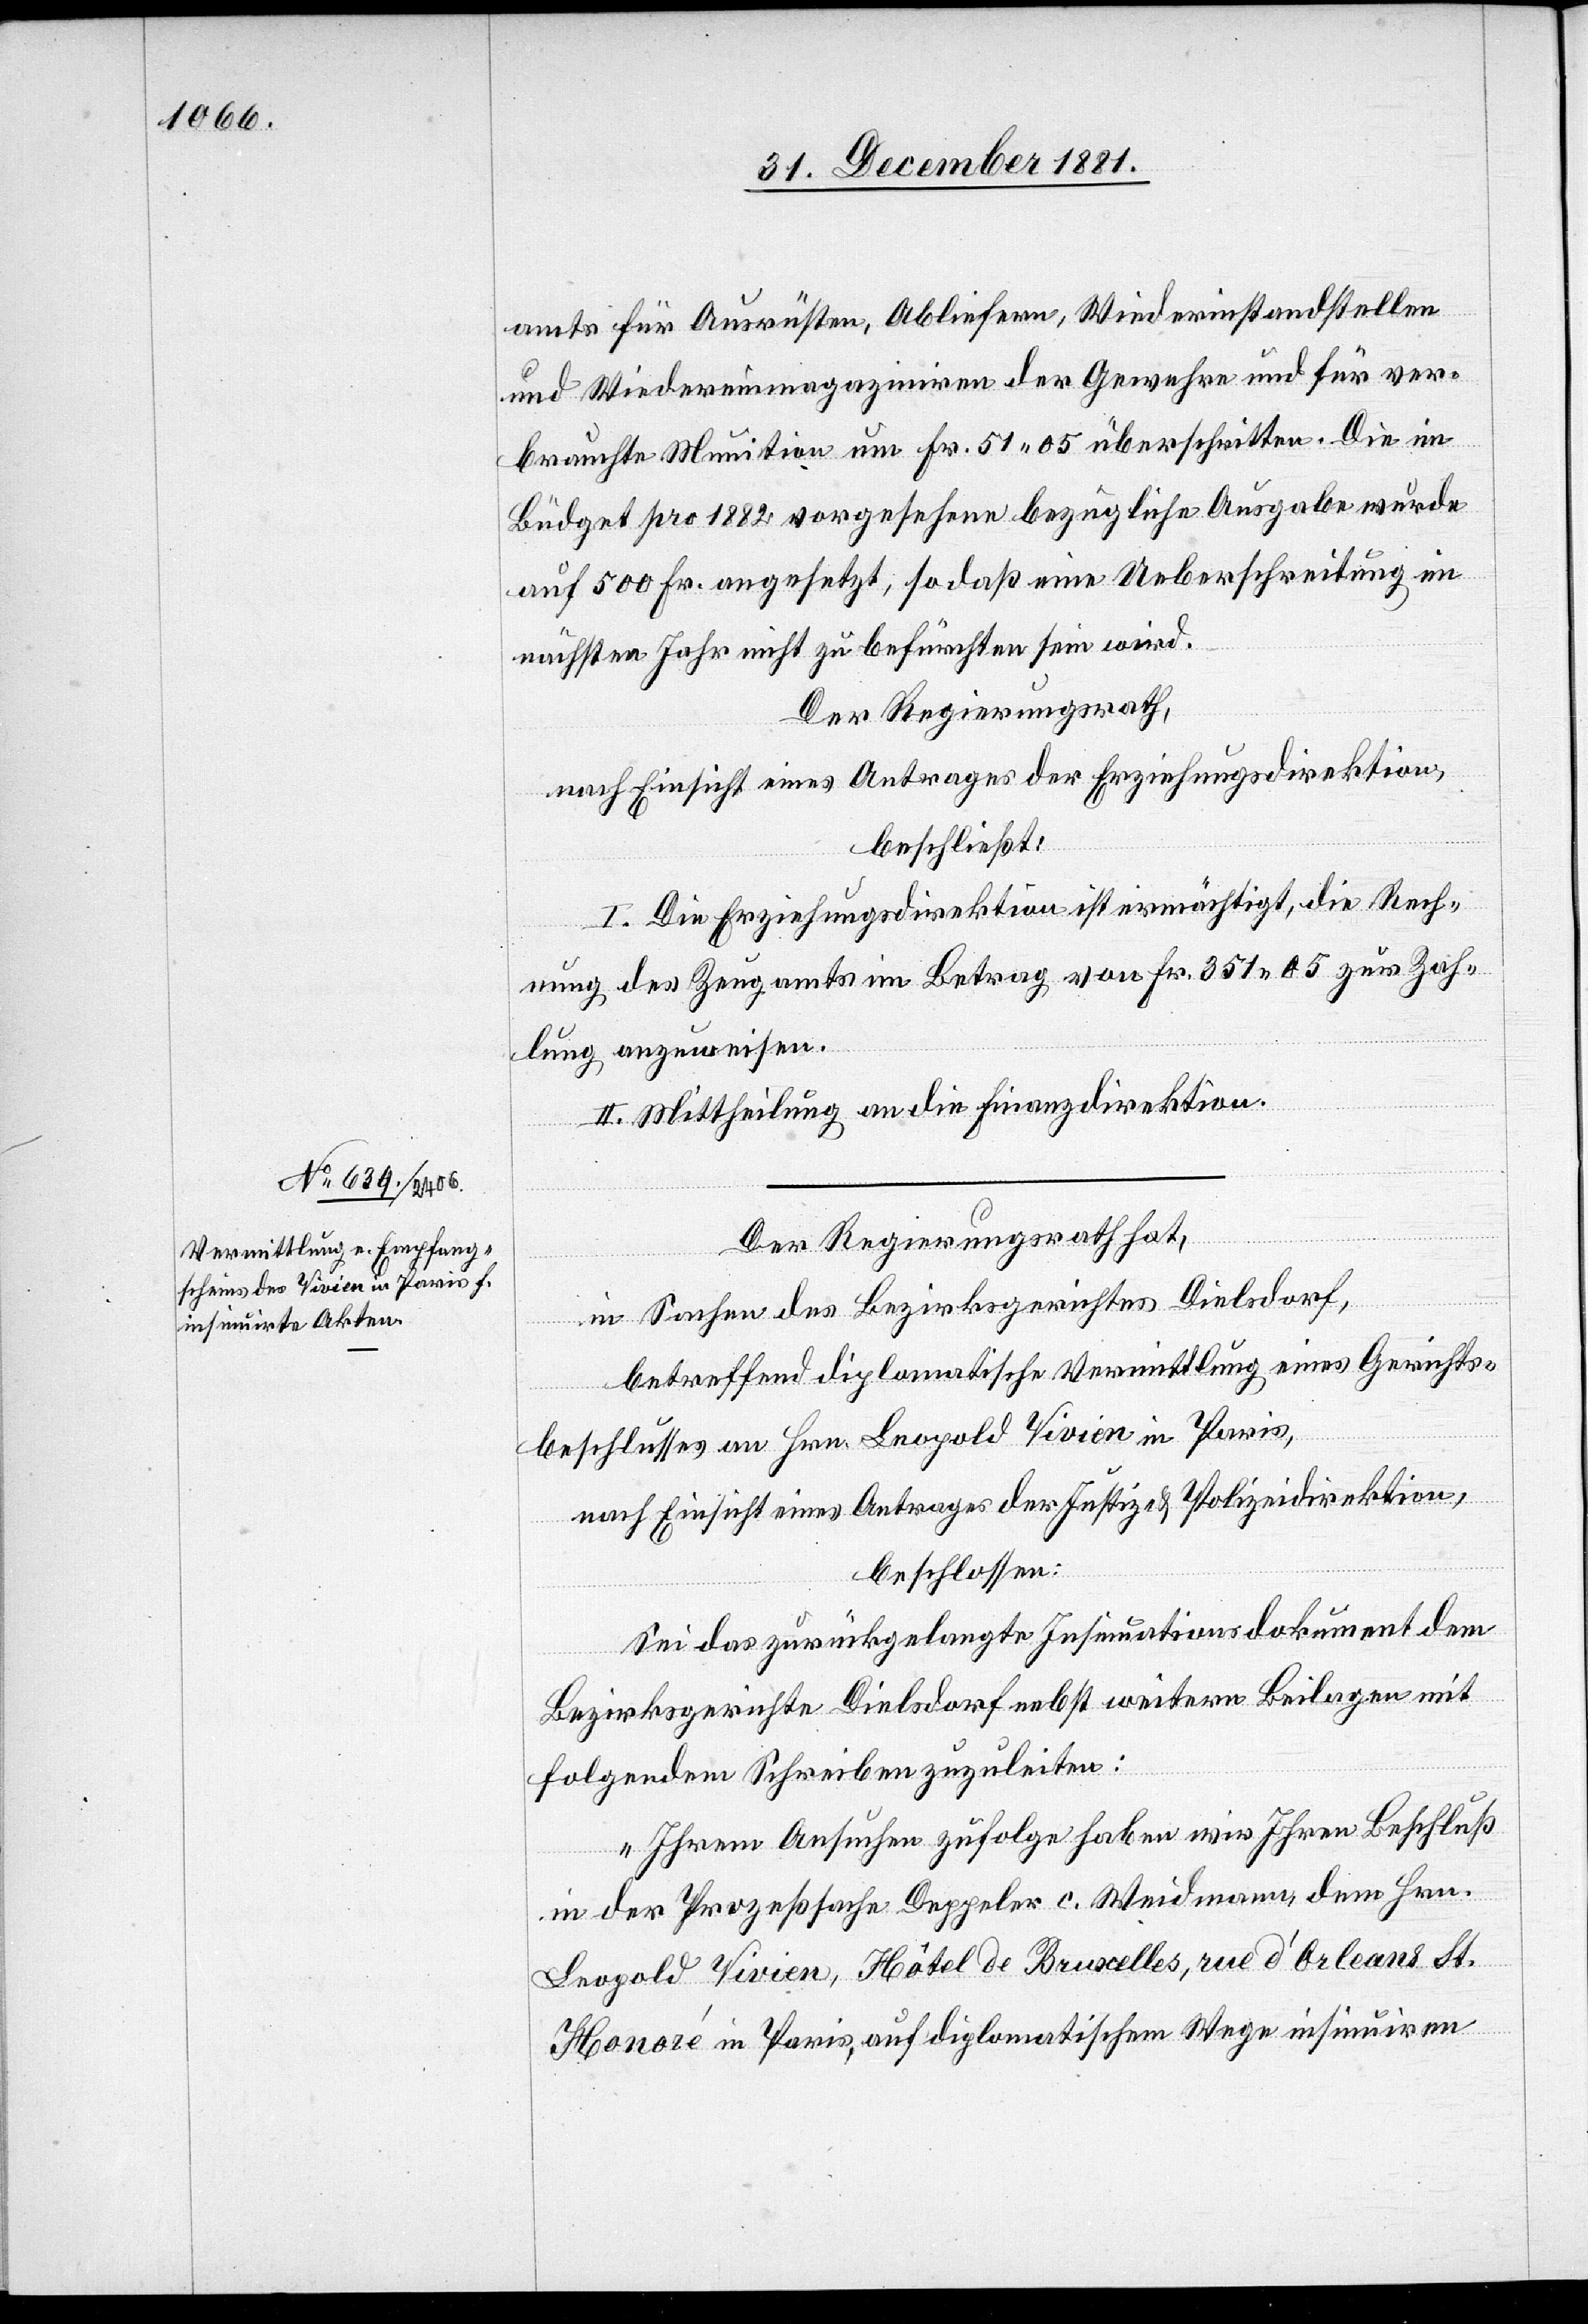
amts für Ausrüsten, Abliefern, Wiederinstandstellen
und Wiedereinmagaziniren der Gewehre und für ver¬
brauchte Munition um Fr. 51 05 überschritten. Die im
Büdget pro 1882 vorgesehene bezügliche Ausgabe wurde
auf 500 Fr. angesetzt, so daß eine Ueberschreitung im
nächsten Jahr nicht zu befürchten sein wird.
Der Regierungsrath,
nach Einsicht eines Antrages der Erziehungsdirektion,
beschließt:
I. Die Erziehungsdirektion ist ermächtigt, die Rech¬
nung des Zeugamts im Betrag von Fr. 351 05 zur Zah¬
lung anzuweisen.
II. Mittheilung an die Finanzdirektion.
Der Regierungsrath hat,
in Sachen des Bezirksgerichtes Dielsdorf,
auf
betreffend diplomatische Vermittlung eines Gerichts¬
beschlusses an Hrn. Leopold Vivien in Paris,
nach Einsicht eines Antrages der Justiz- & Polizeidirektion,
beschlossen:
Sei das zurückgelangte Insinuationsdokument dem
Bezirksgerichte Dielsdorf nebst weitern Beilagen mit
folgendem Schreiben zuzuleiten:
„Ihrem Ansuchen zufolge haben wir Ihren Beschluß
in der Prozeßsache Deppler c. Weidmann dem Hrn.
Leopold Vivien, Hôtel de Bruxelles, rue d’Orleans St.